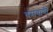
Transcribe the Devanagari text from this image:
वसवाणी